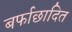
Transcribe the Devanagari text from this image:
बर्फाछादित